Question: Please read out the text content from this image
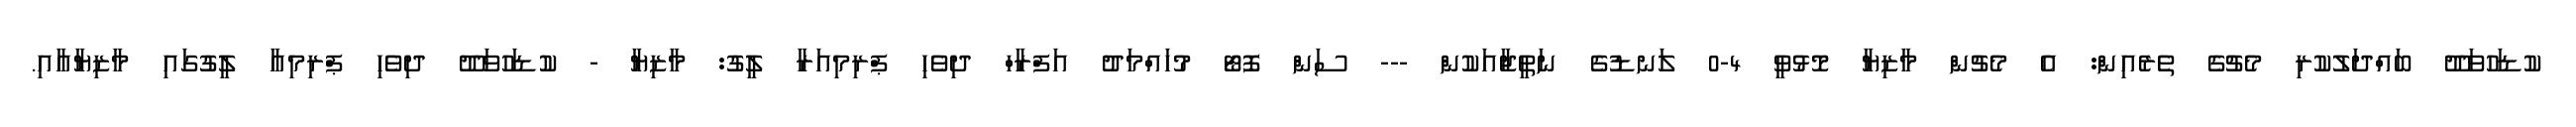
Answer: ކުޑަހުވަދޫ ބައްދަލުކުރި މެޗުގެ ތެރެއިން: އެ މެޗުން މާޒިޔާ މޮޅުވީ 4-0 ލަނޑުގެ ނަތީޖާއަކުން --- ސަން ފޮޓޯ މުހައްމަދު އަފްރާހް ދިވެހި ޕްރިމިއަރާ ލީގު: މާޒިޔާ - ކުޑަހުވަދޫ ދިވެހި ޕްރިމިއާ ލީގުގައި މާޒިޔާއާއި.